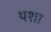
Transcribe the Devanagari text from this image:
यशा